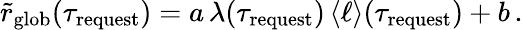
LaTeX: \tilde{r}_{\mathrm{glob}}(\tau_{\mathrm{request}})=a\, \lambda(\tau_{\mathrm{request}})\, \langle\ell\rangle(\tau_{\mathrm{request}})+b\, .